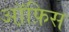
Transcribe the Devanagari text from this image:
ऑ़फ़िस